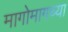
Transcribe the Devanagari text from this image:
मागोमागच्या